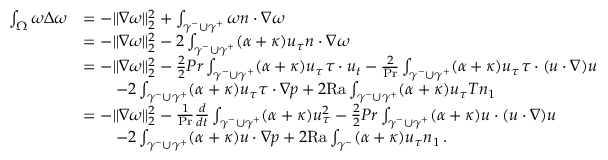
\begin{array} { r l } { \int _ { \Omega } \omega \Delta \omega } & { = - \| \nabla \omega \| _ { 2 } ^ { 2 } + \int _ { \gamma ^ { - } \cup \gamma ^ { + } } \omega n \cdot \nabla \omega } \\ & { = - \| \nabla \omega \| _ { 2 } ^ { 2 } - 2 \int _ { \gamma ^ { - } \cup \gamma ^ { + } } ( \alpha + \kappa ) u _ { \tau } n \cdot \nabla \omega } \\ & { = - \| \nabla \omega \| _ { 2 } ^ { 2 } - \frac { 2 } { 2 } { { P r } } \int _ { \gamma ^ { - } \cup \gamma ^ { + } } ( \alpha + \kappa ) u _ { \tau } \tau \cdot u _ { t } - \frac { 2 } { \mathrm { P r } } \int _ { \gamma ^ { - } \cup \gamma ^ { + } } ( \alpha + \kappa ) u _ { \tau } \tau \cdot ( u \cdot \nabla ) u } \\ & { \qquad - 2 \int _ { \gamma ^ { - } \cup \gamma ^ { + } } ( \alpha + \kappa ) u _ { \tau } \tau \cdot \nabla p + 2 \mathrm { { R a } } \int _ { \gamma ^ { - } \cup \gamma ^ { + } } ( \alpha + \kappa ) u _ { \tau } T n _ { 1 } } \\ & { = - \| \nabla \omega \| _ { 2 } ^ { 2 } - \frac { 1 } { \mathrm { P r } } \frac { d } { d t } \int _ { \gamma ^ { - } \cup \gamma ^ { + } } ( \alpha + \kappa ) u _ { \tau } ^ { 2 } - \frac { 2 } { 2 } { { P r } } \int _ { \gamma ^ { - } \cup \gamma ^ { + } } ( \alpha + \kappa ) u \cdot ( u \cdot \nabla ) u } \\ & { \qquad - 2 \int _ { \gamma ^ { - } \cup \gamma ^ { + } } ( \alpha + \kappa ) u \cdot \nabla p + 2 { \mathrm { R a } } \int _ { \gamma ^ { - } } ( \alpha + \kappa ) u _ { \tau } n _ { 1 } \, . } \end{array}